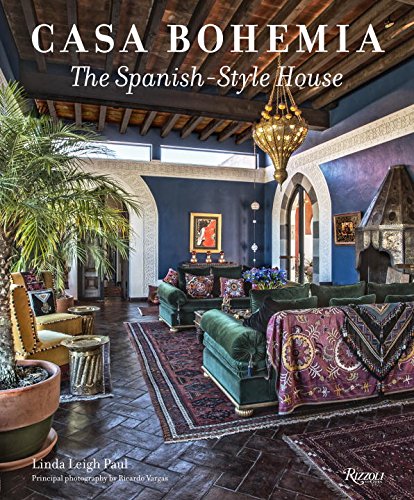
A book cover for Casa Bohemia: The Spanish-Style House; Linda Leigh Paul; Crafts, Hobbies & Home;